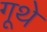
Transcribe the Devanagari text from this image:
गूथे